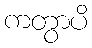
ကတွာပိ